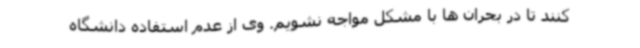
کنند تا در بحران ها با مشکل مواجه نشویم. وی از عدم استفاده دانشگاه